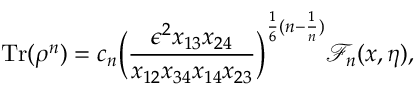
\operatorname { T r } ( \rho ^ { n } ) = c _ { n } \bigg ( \frac { \epsilon ^ { 2 } x _ { 1 3 } x _ { 2 4 } } { x _ { 1 2 } x _ { 3 4 } x _ { 1 4 } x _ { 2 3 } } \bigg ) ^ { \frac { 1 } { 6 } ( n - \frac { 1 } { n } ) } \mathcal { F } _ { n } ( x , \eta ) ,